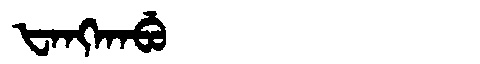
Manchu: ᡶᠠᠩᡴᠠᠪᡠ
Romanization: FANGKABU